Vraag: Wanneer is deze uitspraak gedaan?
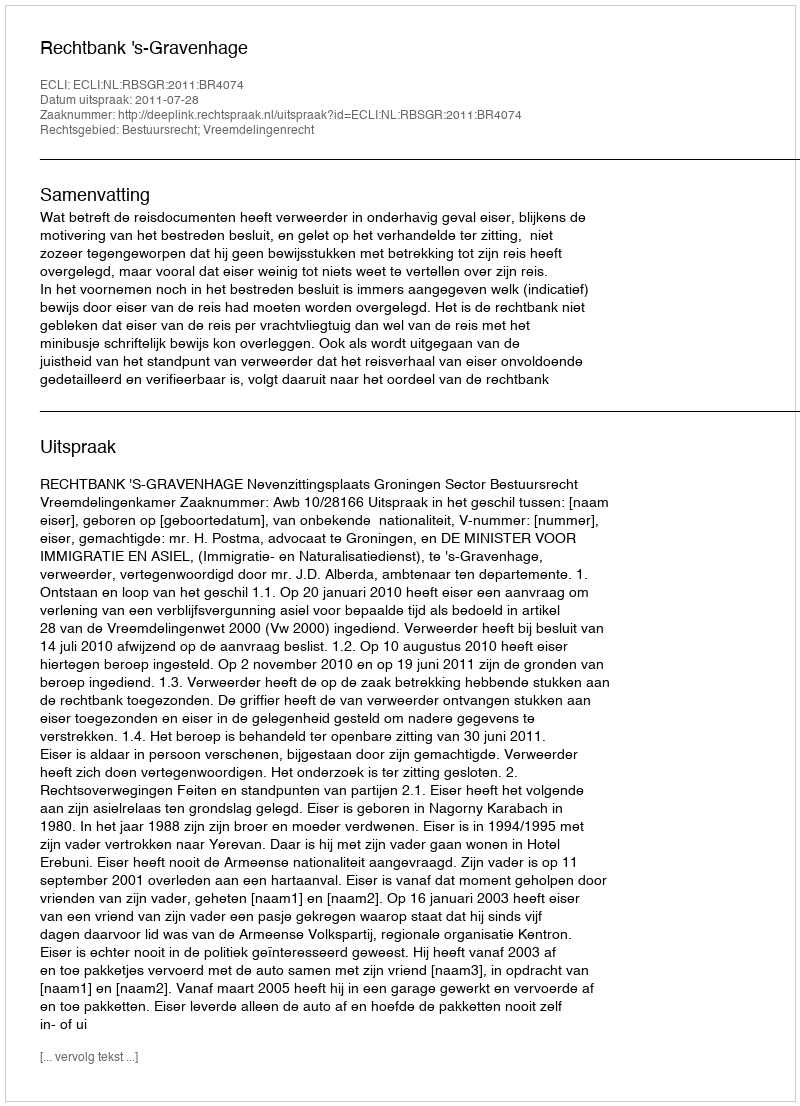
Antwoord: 2011-07-28